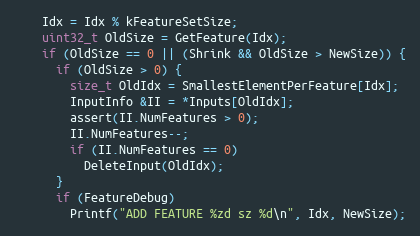
Language: C
    Idx = Idx % kFeatureSetSize;
    uint32_t OldSize = GetFeature(Idx);
    if (OldSize == 0 || (Shrink && OldSize > NewSize)) {
      if (OldSize > 0) {
        size_t OldIdx = SmallestElementPerFeature[Idx];
        InputInfo &II = *Inputs[OldIdx];
        assert(II.NumFeatures > 0);
        II.NumFeatures--;
        if (II.NumFeatures == 0)
          DeleteInput(OldIdx);
      }
      if (FeatureDebug)
        Printf("ADD FEATURE %zd sz %d\n", Idx, NewSize);